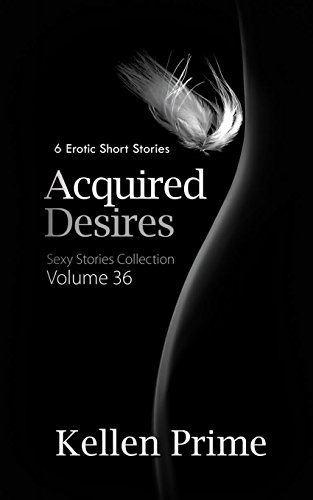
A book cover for Acquired Desires: 6 Erotic Short Stories (Sexy Stories Collection) (Volume 36); Kellen Prime; Romance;